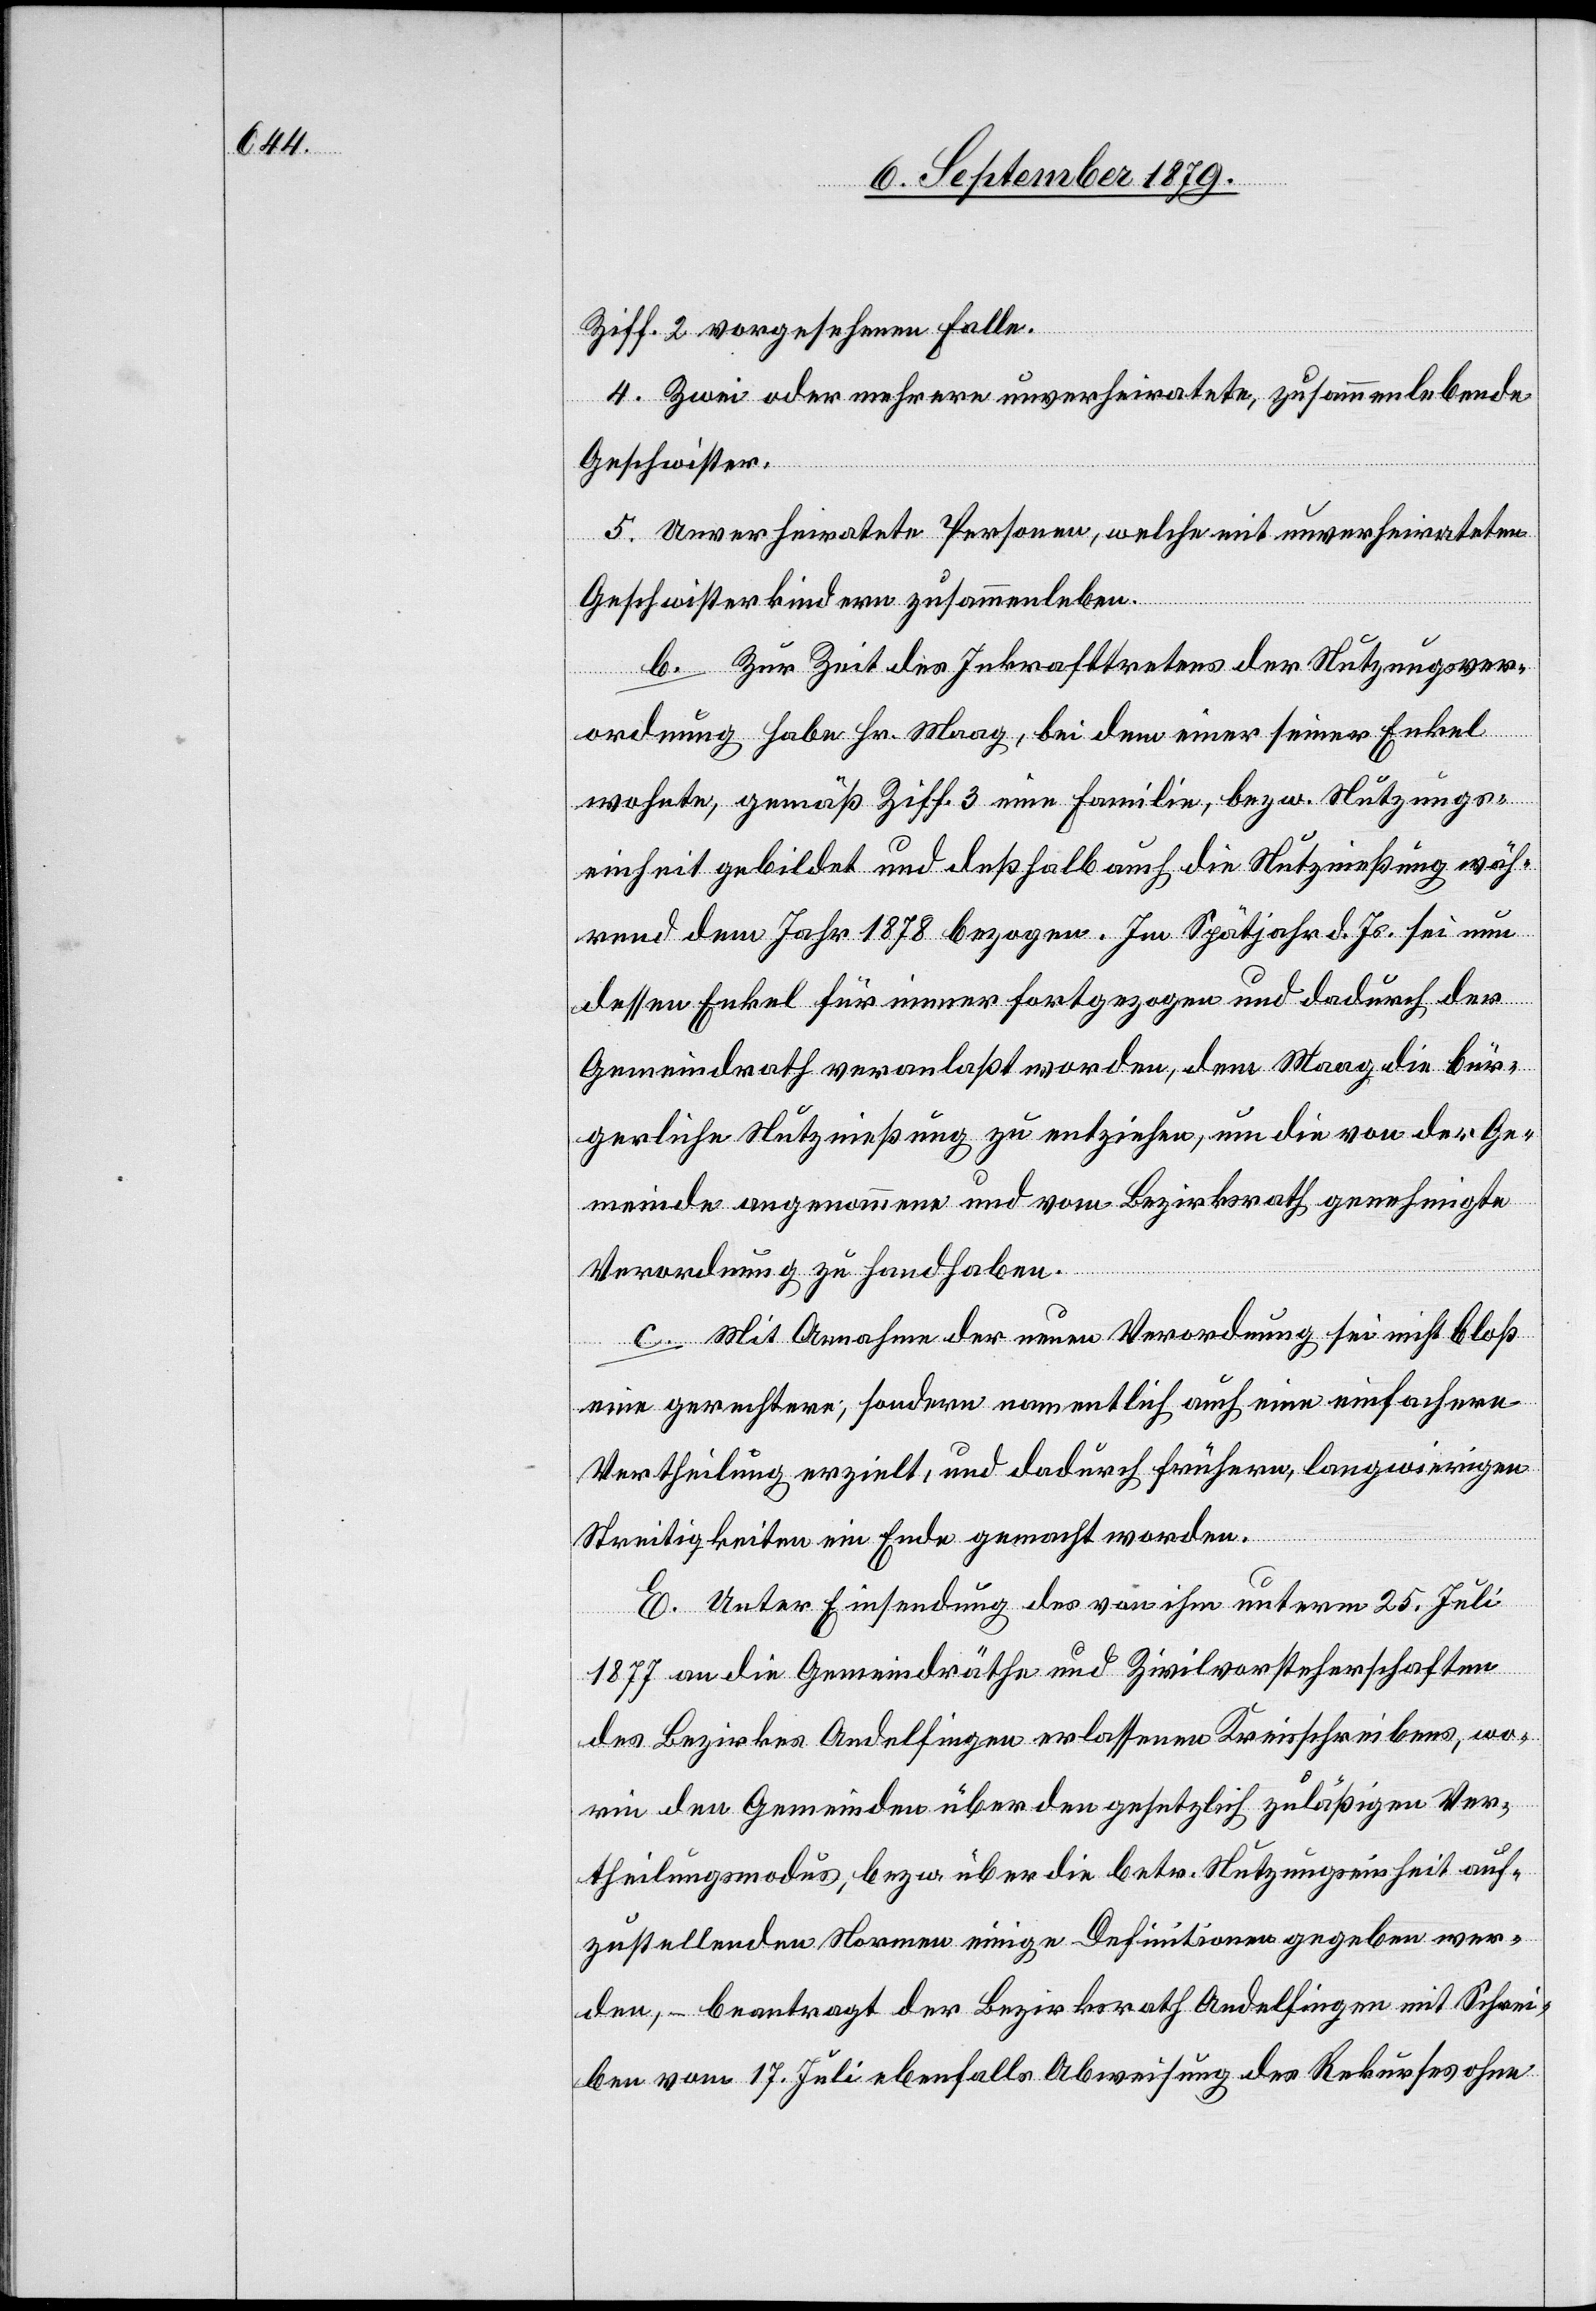
Ziff. 2 vorgesehenen Falle.
4. Zwei oder mehrere unverheiratete, zusammenlebende
Geschwister.
5. Unverheiratete Personen, welche mit unverheirateten
Geschwisterkindern zusammenleben.
b. Zur Zeit des Inkrafttretens der Nutzungsver¬
ordnung habe Hr. Maag, bei dem einer seiner Enkel
wohnte, gemäß Ziff. 3 eine Familie, bezw. Nutzungs¬
einheit gebildet und deßhalb auch die Nutznießung wäh¬
rend dem Jahr 1878 bezogen. Im Spätjahr d. Js. sei nun
dessen Enkel für immer fortgezogen und dadurch der
Gemeindrath veranlaßt worden, dem Maag die bür¬
gerliche Nutznießung zu entziehen, um die von der Ge¬
meinde angenommen und vom Bezirksrath genehmigte
Verordnung zu handhaben.
c. Mit Annahme der neuen Verordnung sei nicht bloß
eine gerechtere; sondern namentlich auch eine einfachere
Vertheilung erzielt, und dadurch frühern, langwierigen
Streitigkeiten ein Ende gemacht worden.
E. Unter Einsendung des von ihm unterm 25. Juli
1877 an die Gemeindräthe und Zivilvorsteherschaften
des Bezirkes Andelfingen erlassenen Kreisschreibens, wo¬
rin den Gemeinden über den gesetzlich zulässigen Ver¬
theilungsmodus, bezw. über die betr. Nutzungseinheit auf¬
zustellenden Normen einige Definitionen gegeben wer¬
den, – beantragt der Bezirksrath Andelfingen mit Schrei¬
ben vom 17. Juli ebenfalls Abweisung des Rekurses ohne